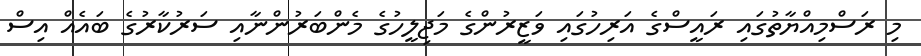
މި ރަސްމިއްޔާތުގައި ރައީސްގެ އަރިހުގައި ވަޒީރުންގެ މަޖިލީހުގެ މެންބަރުންނާއި ސަރުކާރުގެ ބައެއް އިސް